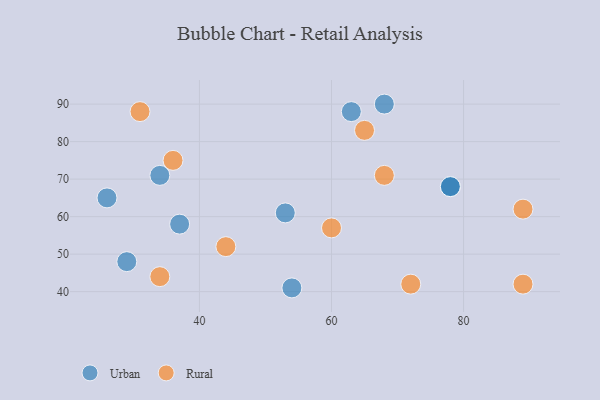
{"axis": {"x": "GDP", "y": "Life Expectancy"}, "legend": ["Rural", "Urban"], "data": [{"x": "78", "y": 68, "type": "Urban"}, {"x": "63", "y": 88, "type": "Urban"}, {"x": "68", "y": 90, "type": "Urban"}, {"x": "53", "y": 61, "type": "Urban"}, {"x": "37", "y": 58, "type": "Urban"}, {"x": "54", "y": 41, "type": "Urban"}, {"x": "78", "y": 68, "type": "Urban"}, {"x": "29", "y": 48, "type": "Urban"}, {"x": "34", "y": 71, "type": "Urban"}, {"x": "26", "y": 65, "type": "Urban"}, {"x": "65", "y": 83, "type": "Rural"}, {"x": "89", "y": 62, "type": "Rural"}, {"x": "89", "y": 42, "type": "Rural"}, {"x": "44", "y": 52, "type": "Rural"}, {"x": "31", "y": 88, "type": "Rural"}, {"x": "34", "y": 44, "type": "Rural"}, {"x": "68", "y": 71, "type": "Rural"}, {"x": "36", "y": 75, "type": "Rural"}, {"x": "72", "y": 42, "type": "Rural"}, {"x": "60", "y": 57, "type": "Rural"}]}